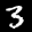
Label: 3